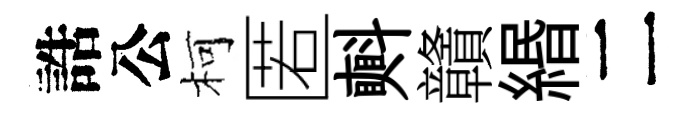
誥公柯匿㪺贛緡二